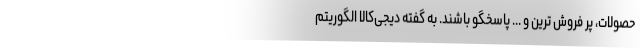
حصولات،‌ پر فروش ترین و ... پاسخگو باشند. به گفته دیجی‌کالا الگوریتم